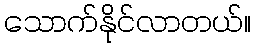
သောက်နိုင်လာတယ်။